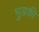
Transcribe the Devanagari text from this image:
भुडकी